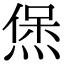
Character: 㷛